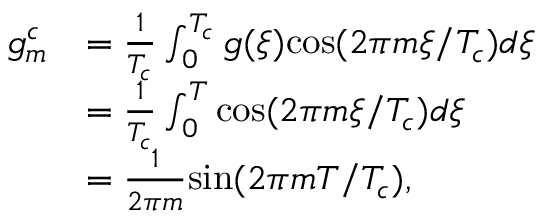
\begin{array} { r l } { g _ { m } ^ { c } } & { = \frac { 1 } { T _ { c } } \int _ { 0 } ^ { T _ { c } } g ( \xi ) \mathrm { c o s } ( 2 \pi m \xi / T _ { c } ) d \xi } \\ & { = \frac { 1 } { T _ { c } } \int _ { 0 } ^ { T } \mathrm { c o s } ( 2 \pi m \xi / T _ { c } ) d \xi } \\ & { = \frac { 1 } { 2 \pi m } \mathrm { s i n } ( 2 \pi m T / T _ { c } ) , } \end{array}